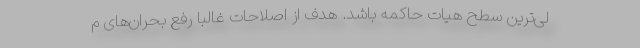
لی‌ترین سطح هیات حاکمه باشد. هدف از اصلاحات غالبا رفع بحران‌های م